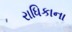
રાધિકાના